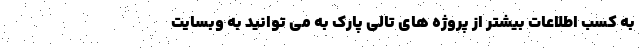
به کسب اطلاعات بیشتر از پروژه های تالی پارک به می توانید به وبسایت